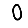
Digit: 0